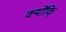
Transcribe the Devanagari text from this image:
क्योंकि्